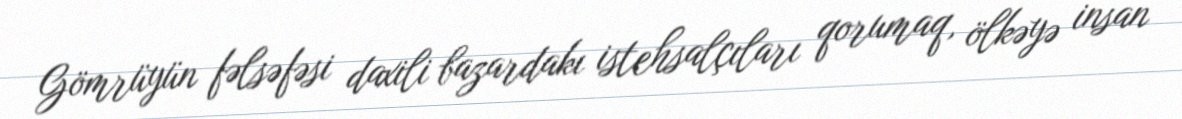
Gömrüyün fəlsəfəsi daxili bazardakı istehsalçıları qorumaq, ölkəyə insan